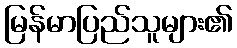
မြန်မာပြည်သူများ၏